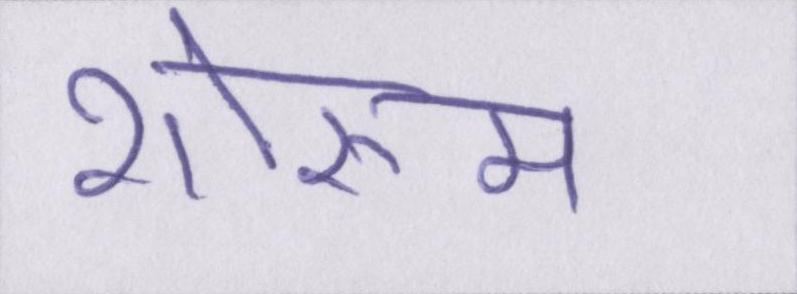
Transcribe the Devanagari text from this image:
शोरूम